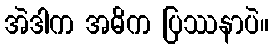
အဲဒါက အဓိက ပြဿနာပဲ။